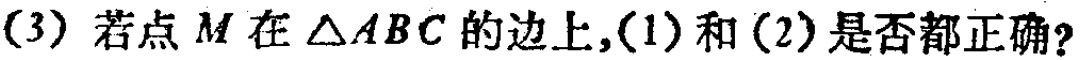
(3) 若点 \(M\) 在 \(\triangle ABC\) 的边上,(1) 和 (2) 是否都正确?